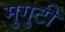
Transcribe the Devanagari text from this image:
मुगुटीं